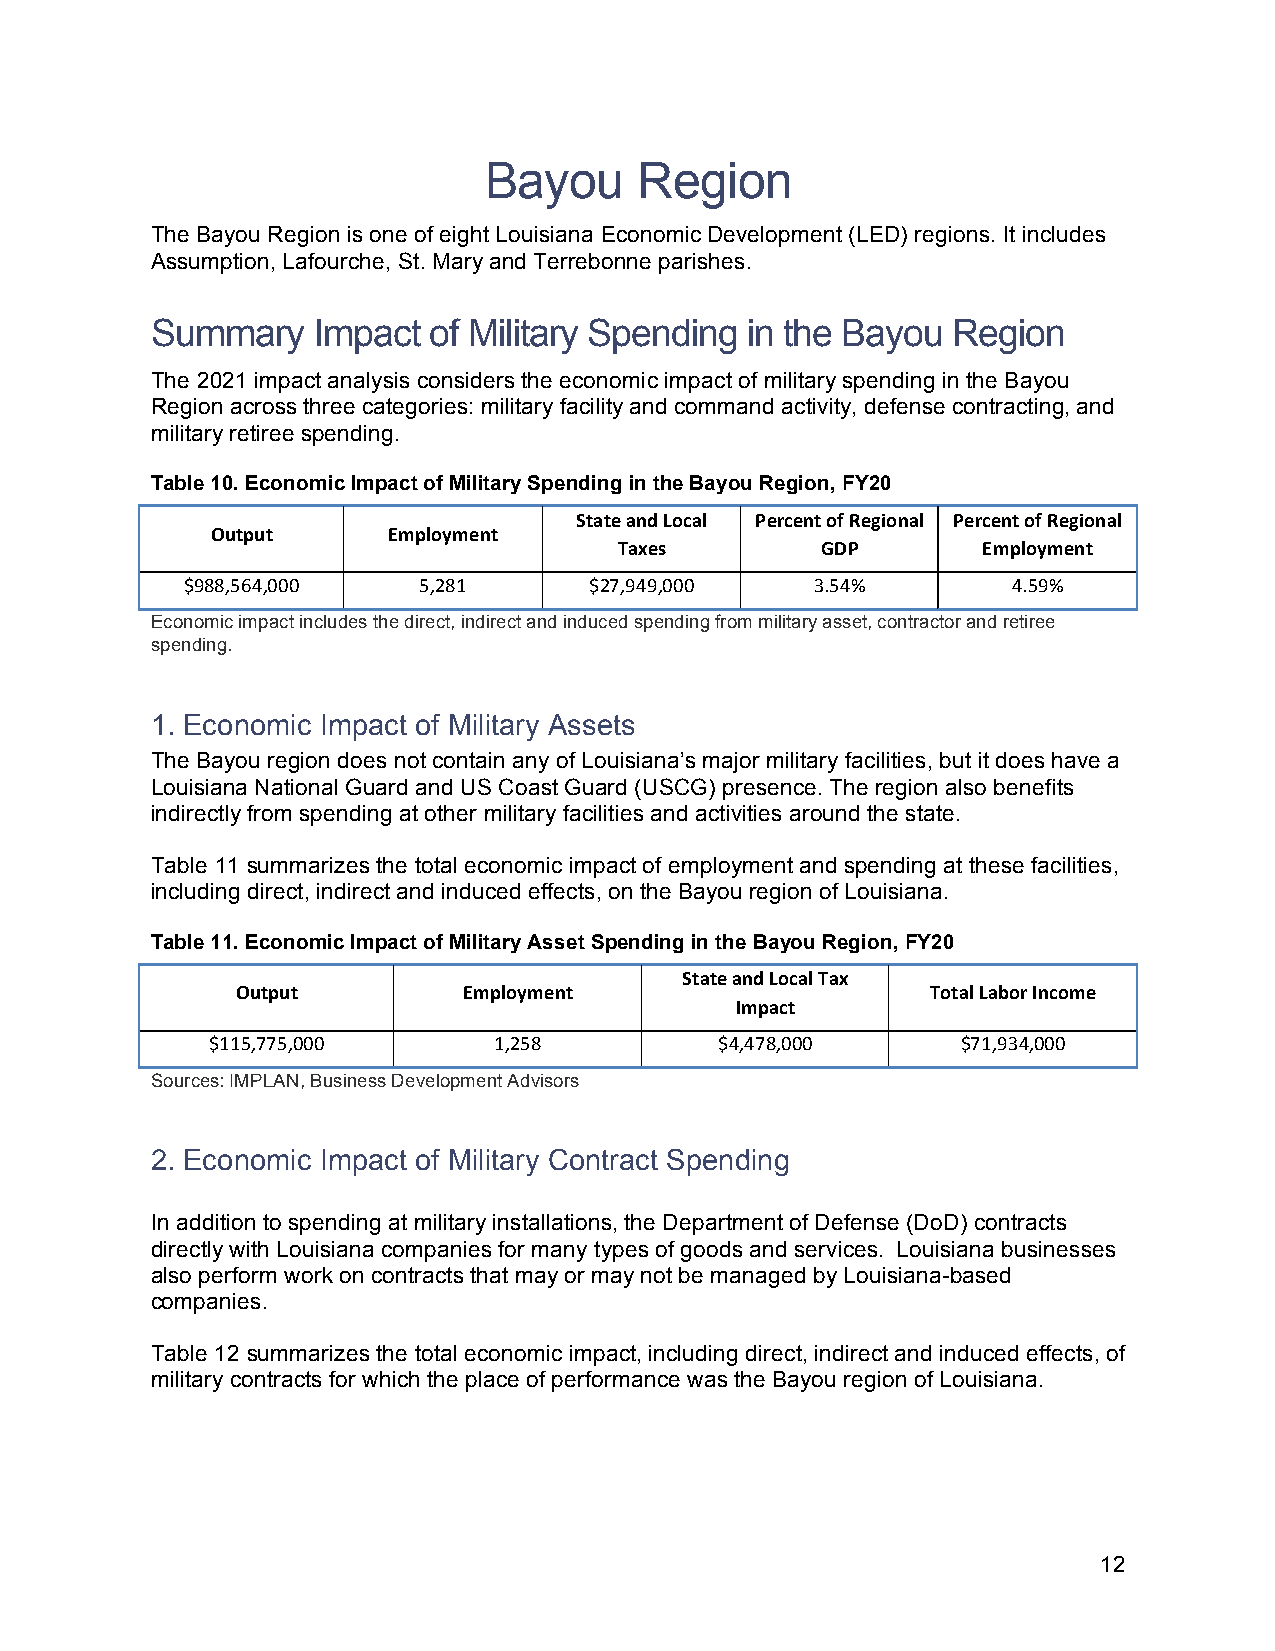
Bayou     Region
 The Bayou Region is one of eight Louisiana Economic Development (LED) regions. It includes
 Assumption, Lafourche, St. Mary and Terrebonne parishes.
 Summary    Impact of Military Spending in the Bayou  Region
 The 2021 impact analysis considers the economic impact of military spending in the Bayou
 Region across three categories: military facility and command activity, defense contracting, and
 military retiree spending.
 Table 10. Economic Impact of Military Spending in the Bayou Region, FY20
 State and Local Percent of Regional Percent of Regional
 Output      Employment
 Taxes        GDP        Employment
 $988,564,000    5,281      $27,949,000    3.54%        4.59%
 Economic impact includes the direct, indirect and induced spending from military asset, contractor and retiree
 spending.
 1. Economic Impact of Military Assets
 The Bayou region does not contain any of Louisiana’s major military facilities, but it does have a
 Louisiana National Guard and US Coast Guard (USCG) presence. The region also benefits
 indirectly from spending at other military facilities and activities around the state.
 Table 11 summarizes the total economic impact of employment and spending at these facilities,
 including direct, indirect and induced effects, on the Bayou region of Louisiana.
 Table 11. Economic Impact of Military Asset Spending in the Bayou Region, FY20
 State and Local Tax
 Output         Employment                     Total Labor Income
 Impact
 $115,775,000       1,258          $4,478,000      $71,934,000
 Sources: IMPLAN, Business Development Advisors
 2. Economic Impact of Military Contract Spending
 In addition to spending at military installations, the Department of Defense (DoD) contracts
 directly with Louisiana companies for many types of goods and services. Louisiana businesses
 also perform work on contracts that may or may not be managed by Louisiana-based
 companies.
 Table 12 summarizes the total economic impact, including direct, indirect and induced effects, of
 military contracts for which the place of performance was the Bayou region of Louisiana.
 12